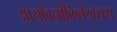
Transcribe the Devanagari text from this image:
आर्यावलोकितेश्वराय